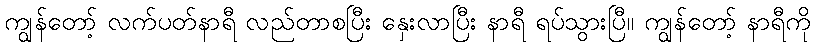
ကျွန်တော့် လက်ပတ်နာရီ လည်တာစပြီး နှေးလာပြီး နာရီ ရပ်သွားပြီ။ ကျွန်တော့် နာရီကို